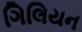
ગિલિયન